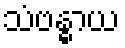
သံဗန္ဓာယ